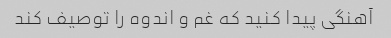
آهنگی پیدا کنید که غم و اندوه را توصیف کند